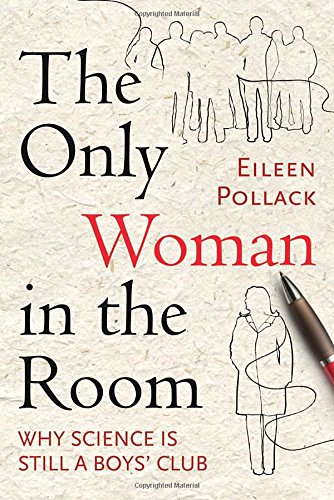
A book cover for The Only Woman in the Room: Why Science Is Still a Boys' Club; Eileen Pollack; Science & Math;